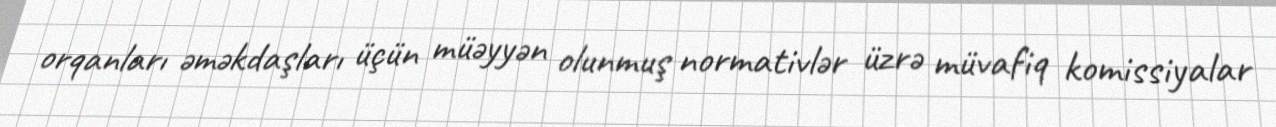
orqanları əməkdaşları üçün müəyyən olunmuş normativlər üzrə müvafiq komissiyalar